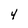
Character: 4